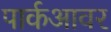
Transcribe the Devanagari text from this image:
पार्कआवर